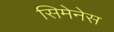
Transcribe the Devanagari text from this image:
सिमेनेस